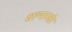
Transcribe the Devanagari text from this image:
शल्मानसेर